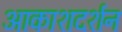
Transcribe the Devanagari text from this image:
आकाशदर्शन